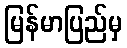
မြန်မာပြည်မှ